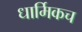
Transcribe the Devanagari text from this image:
धार्मिकच